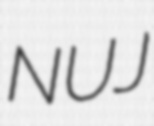
NUJ